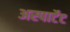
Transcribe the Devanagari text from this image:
अस्पार्टेट